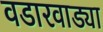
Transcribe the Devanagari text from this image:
वडारवाड्या